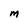
Character: M